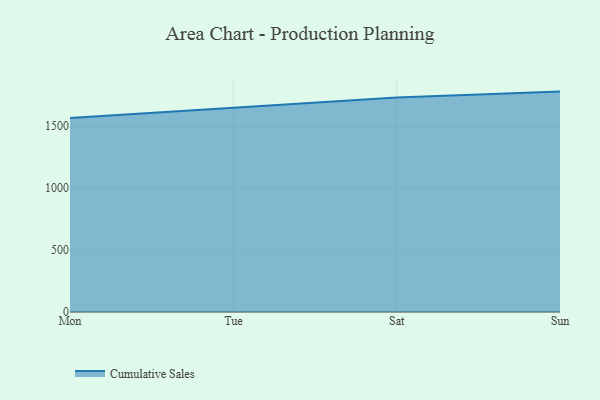
{"axis": {"x": "Day", "y": "Latency (ms)"}, "legend": ["Cumulative Sales"], "data": [{"x": "Mon", "y": 1566.4, "type": "Cumulative Sales"}, {"x": "Tue", "y": 1652.1, "type": "Cumulative Sales"}, {"x": "Sat", "y": 1731.9, "type": "Cumulative Sales"}, {"x": "Sun", "y": 1780.0, "type": "Cumulative Sales"}]}